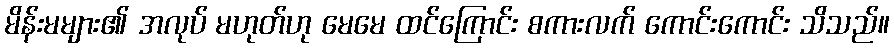
မိန်းမများ၏ အလုပ် မဟုတ်ဟု မေမေ ထင်ကြောင်း စကားလက် ကောင်းကောင်း သိသည်။